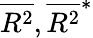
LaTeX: \overline{{R^{2}}},\overline{{R^{2}}}^{*}